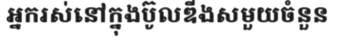
អ្នករស់នៅក្នុងប៊ូលឌីងសមួយចំនួន